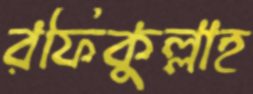
রফিকুল্লাহ